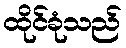
ထိုင်ခုံသည်